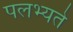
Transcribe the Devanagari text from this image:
पलभ्यते